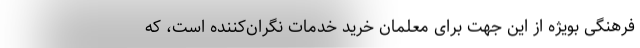
فرهنگی بویژه از این جهت برای معلمان خرید خدمات نگران‌کننده است، که